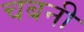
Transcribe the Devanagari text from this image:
चबनी